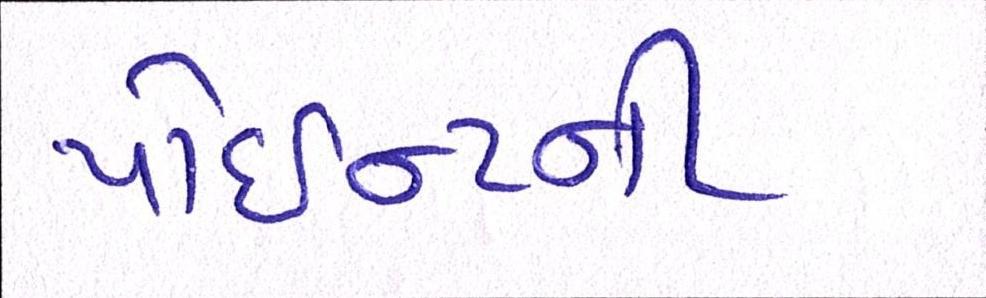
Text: પોઈન્ટની